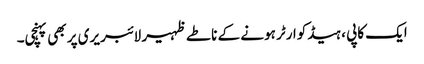
ایک کاپی ، ہیڈکوارٹر ہونے کے ناطے ظہیر لائبریری پر بھی پہنچی۔